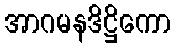
အာဂမနဒိဋ္ဌိကော